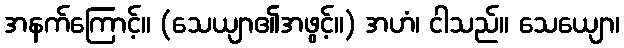
အနက်ကြောင့်။ (သေယျာ၏အဖွင့်။) အဟံ၊ ငါသည်။ သေယျော၊